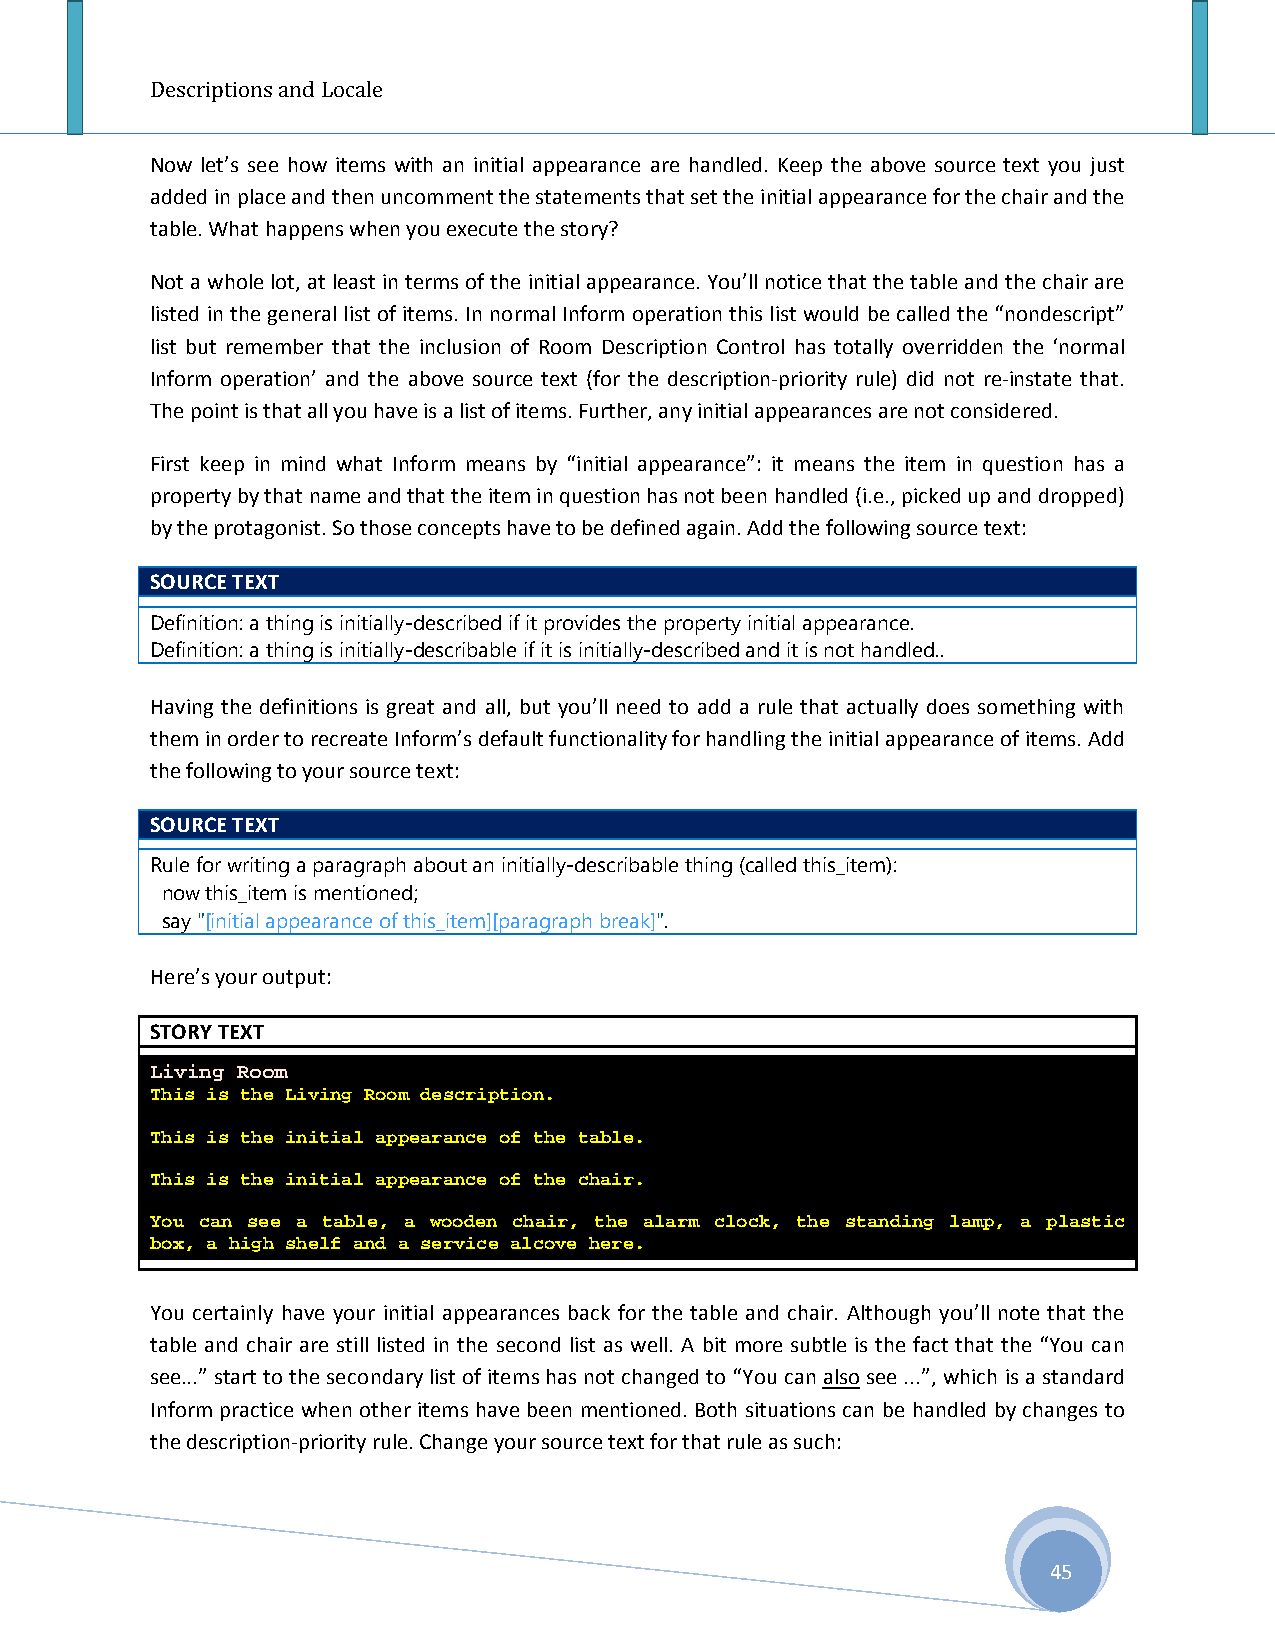
Descriptions and Locale
 Now let’s see how items with an initial appearance are handled. Keep the above source text you just
 added in place and then uncomment the statements that set the initial appearance for the chair and the
 table. What happens when you execute the story?
 Not a whole lot, at least in terms of the initial appearance. You’ll notice that the table and the chair are
 listed in the general list of items. In normal Inform operation this list would be called the “nondescript”
 list but remember that the inclusion of Room Description Control has totally overridden the ‘normal
 Inform operation’ and the above source text (for the description-priority rule) did not re-instate that.
 The point is that all you have is a list of items. Further, any initial appearances are not considered.
 First keep in mind what Inform means by “initial appearance”: it means the item in question has a
 property by that name and that the item in question has not been handled (i.e., picked up and dropped)
 by the protagonist. So those concepts have to be defined again. Add the following source text:
 SOURCE TEXT
 Definition: a thing is initially-described if it provides the property initial appearance.
 Definition: a thing is initially-describable if it is initially-described and it is not handled..
 Having the definitions is great and all, but you’ll need to add a rule that actually does something with
 them in order to recreate Inform’s default functionality for handling the initial appearance of items. Add
 the following to your source text:
 SOURCE TEXT
 Rule for writing a paragraph about an initially-describable thing (called this_item):
 now this_item is mentioned;
 say "[initial appearance of this_item][paragraph break]".
 Here’s your output:
 STORY TEXT
 Living Room
 This is the Living Room description.
 This is the initial appearance of the table.
 This is the initial appearance of the chair.
 You can see a table, a wooden chair, the alarm clock, the standing lamp, a plastic
 box, a high shelf and a service alcove here.
 You certainly have your initial appearances back for the table and chair. Although you’ll note that the
 table and chair are still listed in the second list as well. A bit more subtle is the fact that the “You can
 see...” start to the secondary list of items has not changed to “You can also see ...”, which is a standard
 Inform practice when other items have been mentioned. Both situations can be handled by changes to
 the description-priority rule. Change your source text for that rule as such:
 45